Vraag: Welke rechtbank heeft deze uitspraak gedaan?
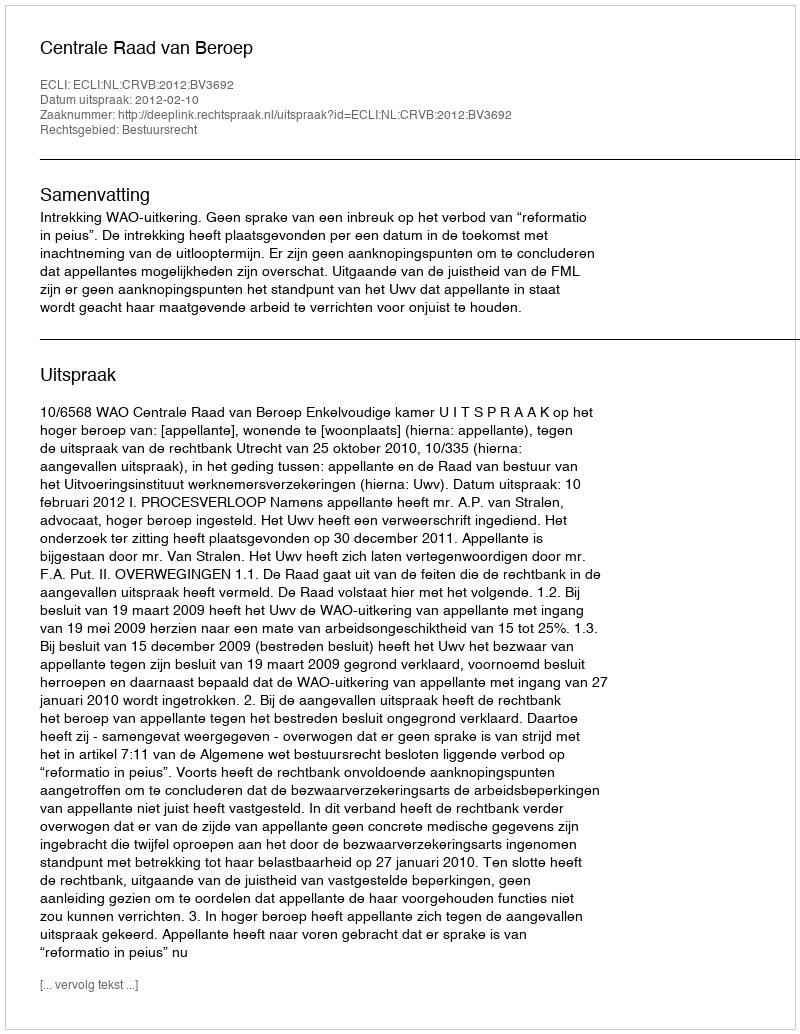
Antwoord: Centrale Raad van Beroep